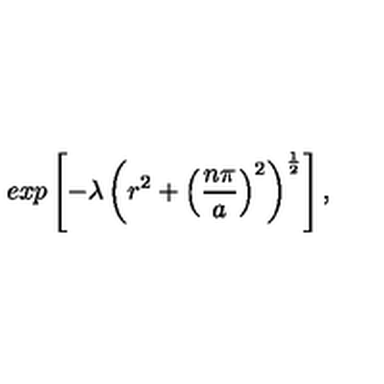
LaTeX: e x p \left[ - \lambda \left( r ^ { 2 } + \left( \frac { n \pi } { a } \right) ^ { 2 } \right) ^ { \frac { 1 } { 2 } } \right] ,